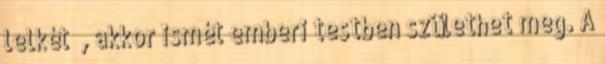
lelkét” , akkor ismét emberi testben születhet meg. A